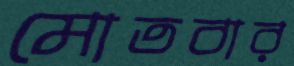
মোতবার